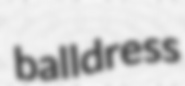
balldress